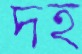
দহ